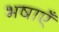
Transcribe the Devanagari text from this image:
भषाएँ